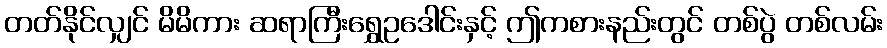
တတ်နိုင်လျှင် မိမိကား ဆရာကြီးရွှေဥဒေါင်းနှင့် ဤကစားနည်းတွင် တစ်ပွဲ တစ်လမ်း